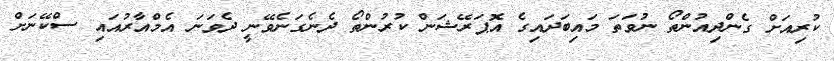
ކުރިއަށް ގެންދިއުންތޯ ނުވަތަ މައިބަދައިގެ އޮޕަރޭޝަން ކުރުންތޯ ދެނެގަނެވޭނީ ދެވަނަ އެމްއާރުއައި ސްކޭނަށް